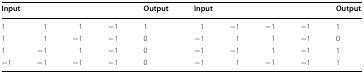
| <COLSPAN=4> Input | Output | <COLSPAN=4> Input | Output |
 | --- | --- | --- | --- | --- | --- | --- | --- | --- | --- |
 | 1 | 1 | 1 | −1 | 1 | 1 | −1 | −1 | −1 | 1 |
 | 1 | 1 | −1 | −1 | 0 | −1 | 1 | 1 | −1 | 0 |
 | 1 | −1 | 1 | −1 | 0 | −1 | −1 | 1 | −1 | 1 |
 | −1 | −1 | −1 | −1 | 0 | −1 | 1 | −1 | −1 | 1 |